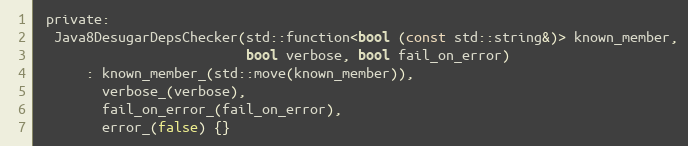
Language: C
 private:
  Java8DesugarDepsChecker(std::function<bool (const std::string&)> known_member,
                          bool verbose, bool fail_on_error)
      : known_member_(std::move(known_member)),
        verbose_(verbose),
        fail_on_error_(fail_on_error),
        error_(false) {}